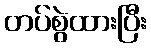
တပ်စွဲထားပြီး